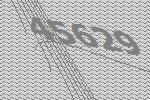
45629